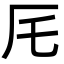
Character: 厇